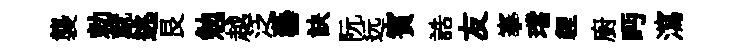
襲勅就逃艮勉越泛藝訣阮远賓誥友搴璫貍廚眄瀉